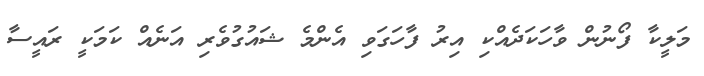
މަލީކާ ފޯނުން ވާހަކަދެއްކި އިރު ފާހަގަވި އެންމެ ޝައުގުވެރި އަނެއް ކަމަކީ ރައީސާ